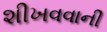
શીખવવાની